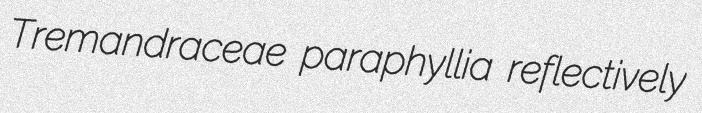
Tremandraceae paraphyllia reflectively